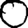
Digit: 0